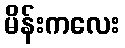
မိန်းကလေး